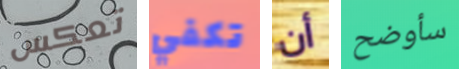
تعكس تكفي أن سأوضح